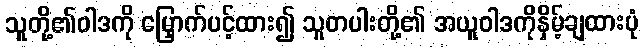
သူတို့၏ဝါဒကို မြှောက်ပင့်ထား၍ သူတပါးတို့၏ အယူဝါဒကိုနှိမ့်ချထားပုံ